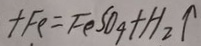
+ F e = F e S O _ { 4 } + H _ { 2 } \uparrow